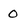
Character: 0